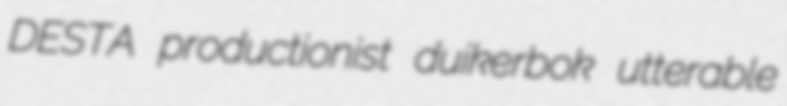
DESTA productionist duikerbok utterable